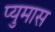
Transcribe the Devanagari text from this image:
प्युमास